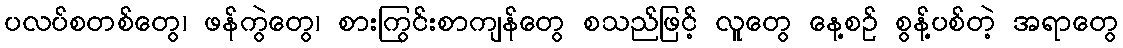
ပလပ်စတစ်တွေ၊ ဖန်ကွဲတွေ၊ စားကြွင်းစာကျန်တွေ စသည်ဖြင့် လူတွေ နေ့စဉ် စွန့်ပစ်တဲ့ အရာတွေ